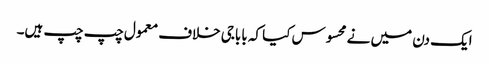
ایک دن میں نے محسوس کیا کہ باباجی خلاف معمول چپ چپ ہیں۔